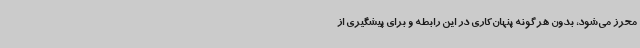
محرز می‌شود، بدون هرگونه پنهان‌کاری در این رابطه و برای پیشگیری از